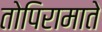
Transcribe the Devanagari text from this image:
तोपिरामाते